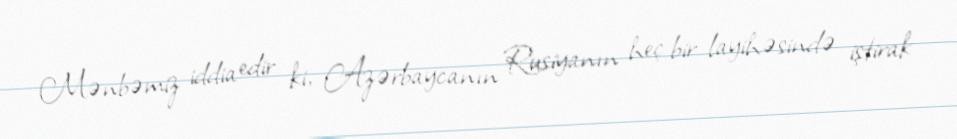
Mənbəmiz iddia edir ki, Azərbaycanın Rusiyanın heç bir layihəsində iştirak